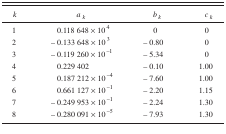
| k | ak | bk | ck |
 | --- | --- | --- | --- |
 | 1 | 0.118 648 × 104 | 0 | 0 |
 | 2 | −0.133 648 × 103 | −0.80 | 0 |
 | 3 | −0.119 260 × 10−1 | −5.34 | 0 |
 | 4 | 0.229 402 | −0.10 | 1.00 |
 | 5 | 0.187 212 × 10−4 | −7.60 | 1.00 |
 | 6 | 0.661 127 × 10−1 | −2.20 | 1.15 |
 | 7 | −0.249 953 × 10−1 | −2.24 | 1.30 |
 | 8 | −0.280 091 × 10−5 | −7.93 | 1.30 |